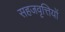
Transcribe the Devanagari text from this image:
सहजवृत्तियों